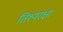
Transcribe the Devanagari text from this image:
तिश्यरक्षा